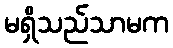
မရှိသည်သာမက